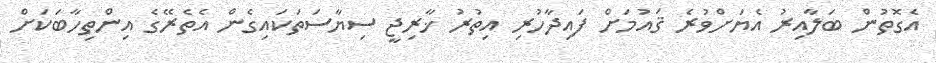
އެގޮތުން ބަލާއިރު އެޔަށްވުރެ ޤައުމަށް ފައިދާހުރި އިތުރު ޚާރިޖީ ސިޔާސަތަކައިގެން އެތެރޭގެ އިންތިހާބަކަށް